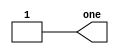
// This program was cloned from: https://github.com/matthlud/HDLBits
// License: Apache License 2.0

module top_module( output one );

// Insert your code here
    assign one = 1;

endmodule